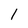
Character: 1